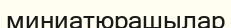
миниатюрашылар